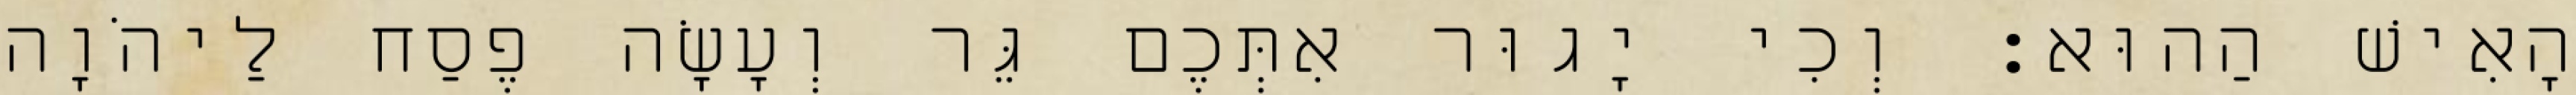
הָאִישׁ הַהוּא׃ וְכִי יָגוּר אִתְּכֶם גֵּר וְעָשָׂה פֶסַח לַיהֹוָה